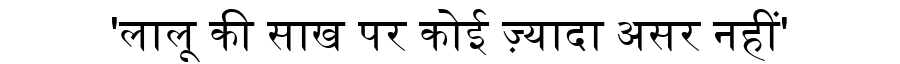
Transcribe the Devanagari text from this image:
'लालू की साख पर कोई ज़्यादा असर नहीं'